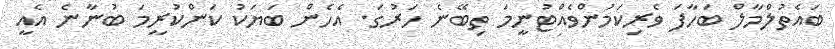
ބައެތުލްމާލް ބަހާފަ ވެރިކަމުންވެއްޓުނީމަ ތިބޭނެ ހަރުގަ. އެހެން ބަޔަކު ކަންކުރީމަ ބުނާނެ އެއީ